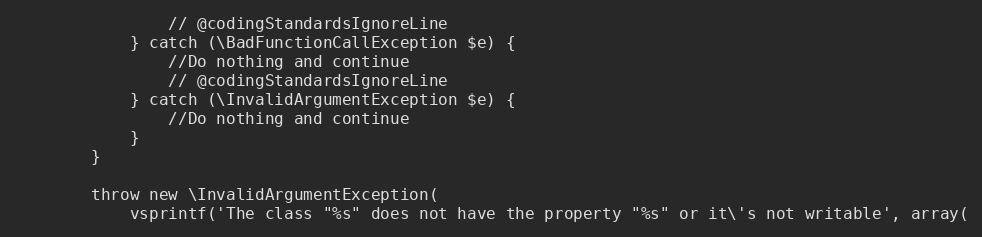
Language: PHP
                // @codingStandardsIgnoreLine
            } catch (\BadFunctionCallException $e) {
                //Do nothing and continue
                // @codingStandardsIgnoreLine
            } catch (\InvalidArgumentException $e) {
                //Do nothing and continue
            }
        }

        throw new \InvalidArgumentException(
            vsprintf('The class "%s" does not have the property "%s" or it\'s not writable', array(